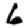
Digit: 6